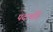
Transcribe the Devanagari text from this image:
पदार्थहि